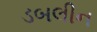
ડબલીન